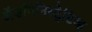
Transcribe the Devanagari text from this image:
अॅडमिनिस्ट्रेटिव्ह